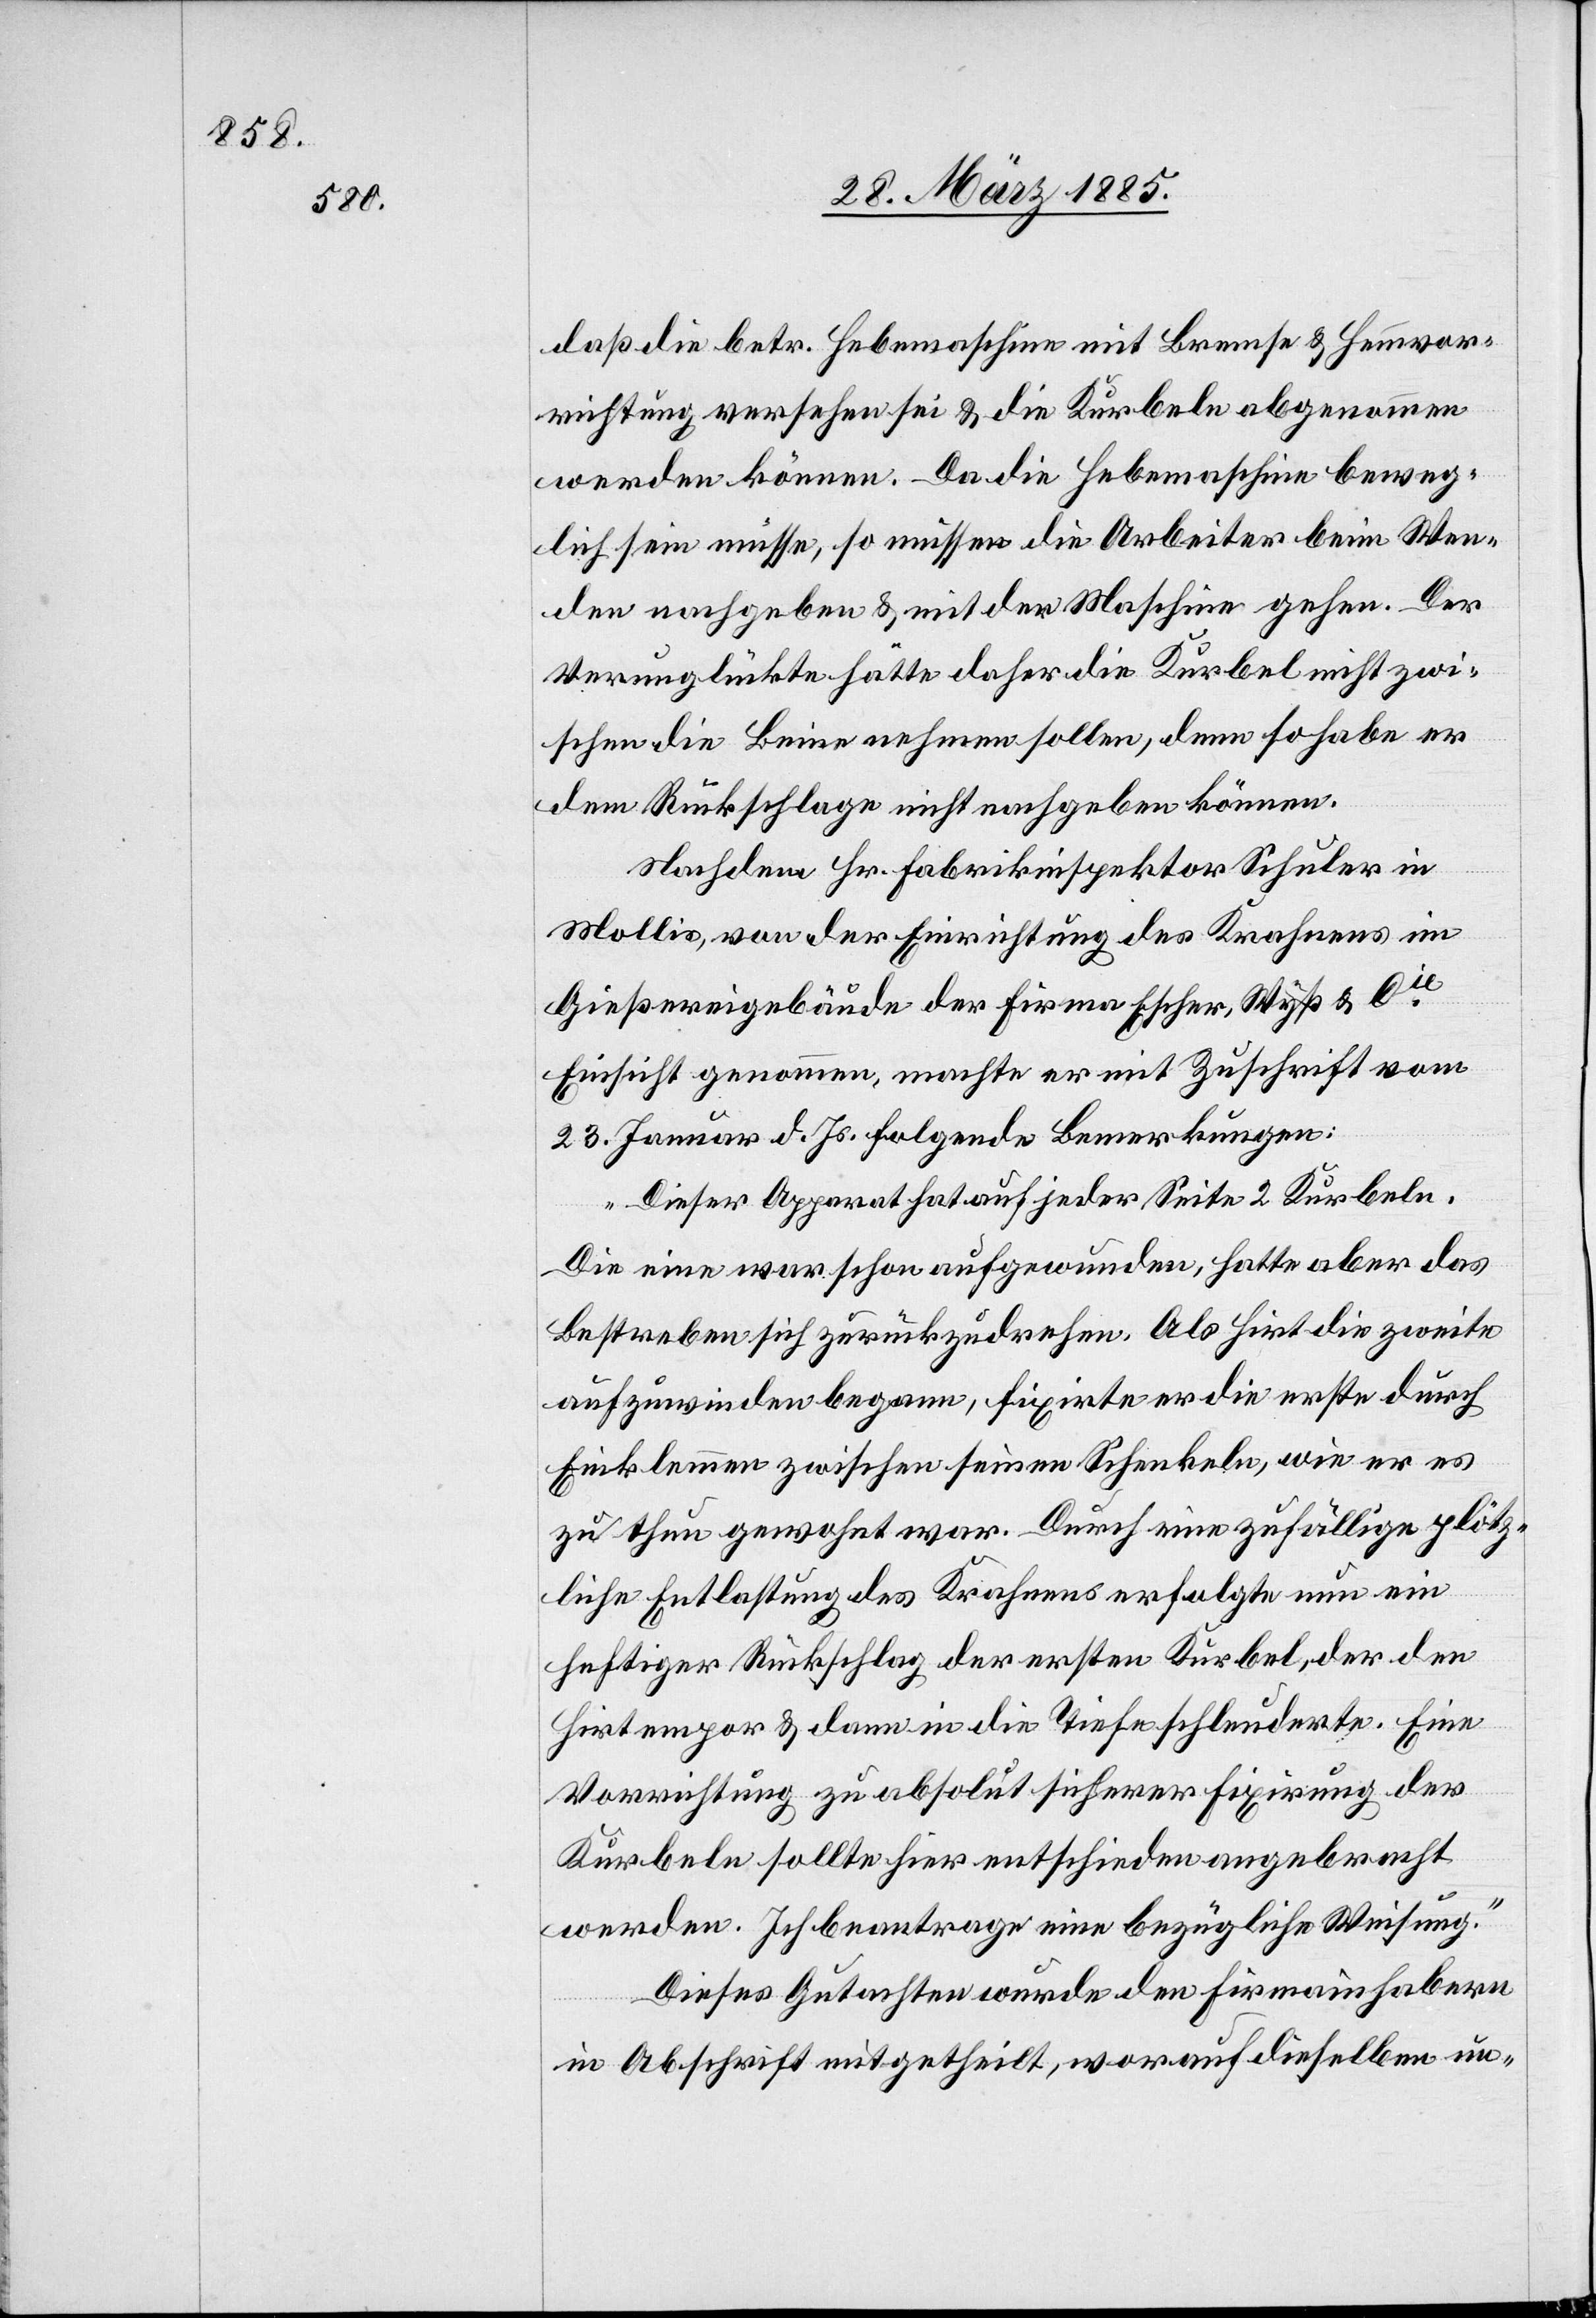
daß die betr. Hebemaschine mit Bremse & Hemmvor¬
richtung versehen sei & die Kurbeln abgenommen
werden können. Da die Hebemaschine beweg¬
lich sein müsse, so müssen die Arbeiter beim Wen¬
den nachgeben & mit der Maschine gehen. Der
Verunglückte hätte daher die Kurbel nicht zwi¬
schen die Beine nehmen sollen, denn so habe er
dem Rückschlage nicht nachgeben können.
Nachdem Hr. Fabrikinspektor Schuler in
Mollis, von der Einrichtung des Krahnens im
Gießereigebäude der Firma Escher, Wyß & Cie
Einsicht genommen, machte er mit Zuschrift vom
23. Februar d. Js. folgende Bemerkungen:
„Dieser Apparat hat auf jeder Seite 2 Kurbeln.
Die eine war schon aufgewunden, hatte aber das
Bestreben sich zurückzudrehen. Als Hirt die zweite
aufzuwinden begann, fixirte er die erste durch
Einklemmen zwischen seinen Schenkeln, wie er es
zu thun gewohnt war. Durch eine zufällige plötz¬
liche Entlastung des Krahnens erfolgte nun ein
heftiger Rückschlag der ersten Kurbel, der den
Hirt empor & dann in die Tiefe schleuderte. Eine
Vorrichtung zu absolut sicherer Fixirung der
Kurbeln sollte hier entschieden angebracht
werden. Ich beantrage eine bezügliche Weisung.“
Dieses Gutachten wurde den Firmainhabern
in Abschrift mitgetheilt, worauf dieselben un-